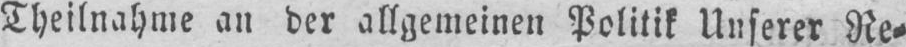
Theilnahme an der allgemeinen Politik Unserer Re⸗